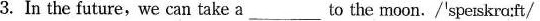
3. In the future，we can take a___to the moon./'sperskra:ft/